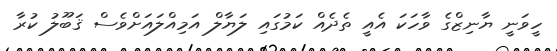
ހީވަނީ ޔާނިޒްގެ ވާހަކަ އެއީ ތެދެއް ކަމުގައި ލަޔާލް އަމިއްލައަށްވެސް ޤަބޫލު ކުރާ